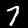
Digit: 7